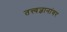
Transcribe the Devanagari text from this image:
तत्त्वज्ञानांवर